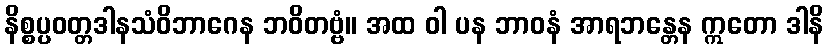
နိစ္စပ္ပဝတ္တဒါနသံဝိဘာဂေန ဘဝိတဗ္ဗံ။ အထ ဝါ ပန ဘာဝနံ အာရဘန္တေန ဣတော ဒါနိ